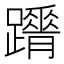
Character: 𨇋